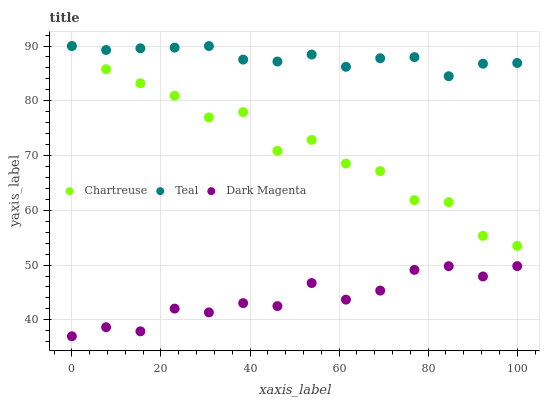
| xaxis_label | Chartreuse | Teal | Dark Magenta |
 | --- | --- | --- | --- |
 | 0 | 90 | 90 | 37 |
 | 7.69 | 85.8 | 89.3 | 38.7 |
 | 15.4 | 83.2 | 89.6 | 37.9 |
 | 23.1 | 80.9 | 89.7 | 42.1 |
 | 30.8 | 77 | 90 | 41.4 |
 | 38.5 | 77.9 | 87.5 | 43.1 |
 | 46.2 | 70.9 | 87.2 | 42.5 |
 | 53.8 | 72.9 | 88.4 | 46.7 |
 | 61.5 | 68.5 | 86.2 | 43.7 |
 | 69.2 | 67.2 | 87.8 | 45.3 |
 | 76.9 | 61.9 | 88 | 49.1 |
 | 84.6 | 61.5 | 84.5 | 49.8 |
 | 92.3 | 55.3 | 86.8 | 47.9 |
 | 100 | 53.5 | 86.9 | 49.8 |